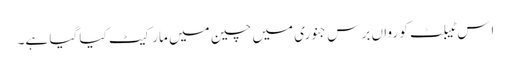
اِس ٹیبلٹ کو رواں برس جنوری میں چین میں مارکیٹ کیا گیا ہے۔